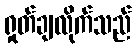
ရှုတ်ချလိုက်သည်